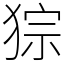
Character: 猔